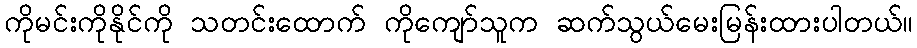
ကိုမင်းကိုနိုင်ကို သတင်းထောက် ကိုကျော်သူက ဆက်သွယ်မေးမြန်းထားပါတယ်။